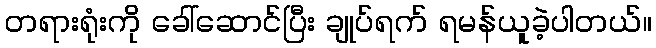
တရားရုံးကို ခေါ်ဆောင်ပြီး ချုပ်ရက် ရမန်ယူခဲ့ပါတယ်။